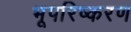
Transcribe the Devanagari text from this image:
भूपरिष्करण